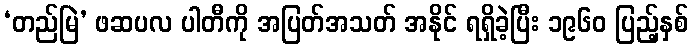
‘တည်မြဲ’ ဖဆပလ ပါတီကို အပြတ်အသတ် အနိုင် ရရှိခဲ့ပြီး ၁၉၆၀ ပြည့်နှစ်